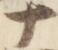
十